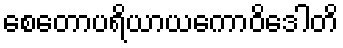
စေတောပရိယာယကောဝိဒေါတိ